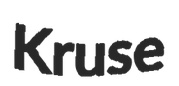
Kruse